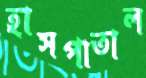
হাসপাতাল